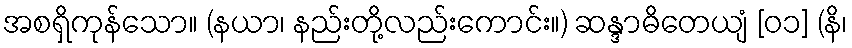
အစရှိကုန်သော။ (နယာ၊ နည်းတို့လည်းကောင်း။) ဆန္ဒာဓိတေယျံ [၀၁] (နိ၊